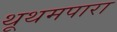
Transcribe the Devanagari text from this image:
थूथमपारा